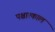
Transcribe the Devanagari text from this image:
पश्चात्काल